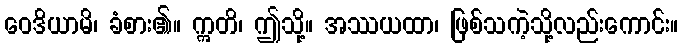
ဝေဒိယာမိ၊ ခံစား၏။ ဣတိ၊ ဤသို့။ အဿယထာ၊ ဖြစ်သကဲ့သို့လည်းကောင်း။